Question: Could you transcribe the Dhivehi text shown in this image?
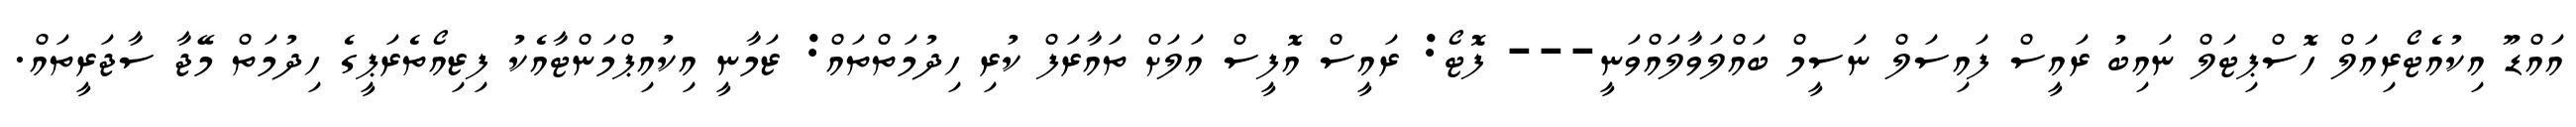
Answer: އައްޑޫ އިކުއެޓޯރިއަލް ހޮސްޕިޓަލް ނައިބު ރައީސް ފައިސަލް ނަސީމް ބައްލަވާލައްވަނީ--- ފޮޓޯ: ރައީސް އޮފީސް އަލަށް ތައާރަފް ކުރި ހިދުމަތްތައް: ޒަމާނީ އިކުއިޕްމަންޓާއެކު ފިޒިއޯތެރަޕީގެ ހިދުމަތް މޭޖާ ސާޖަރީތައް.